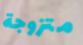
متزوجة